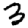
Digit: 3